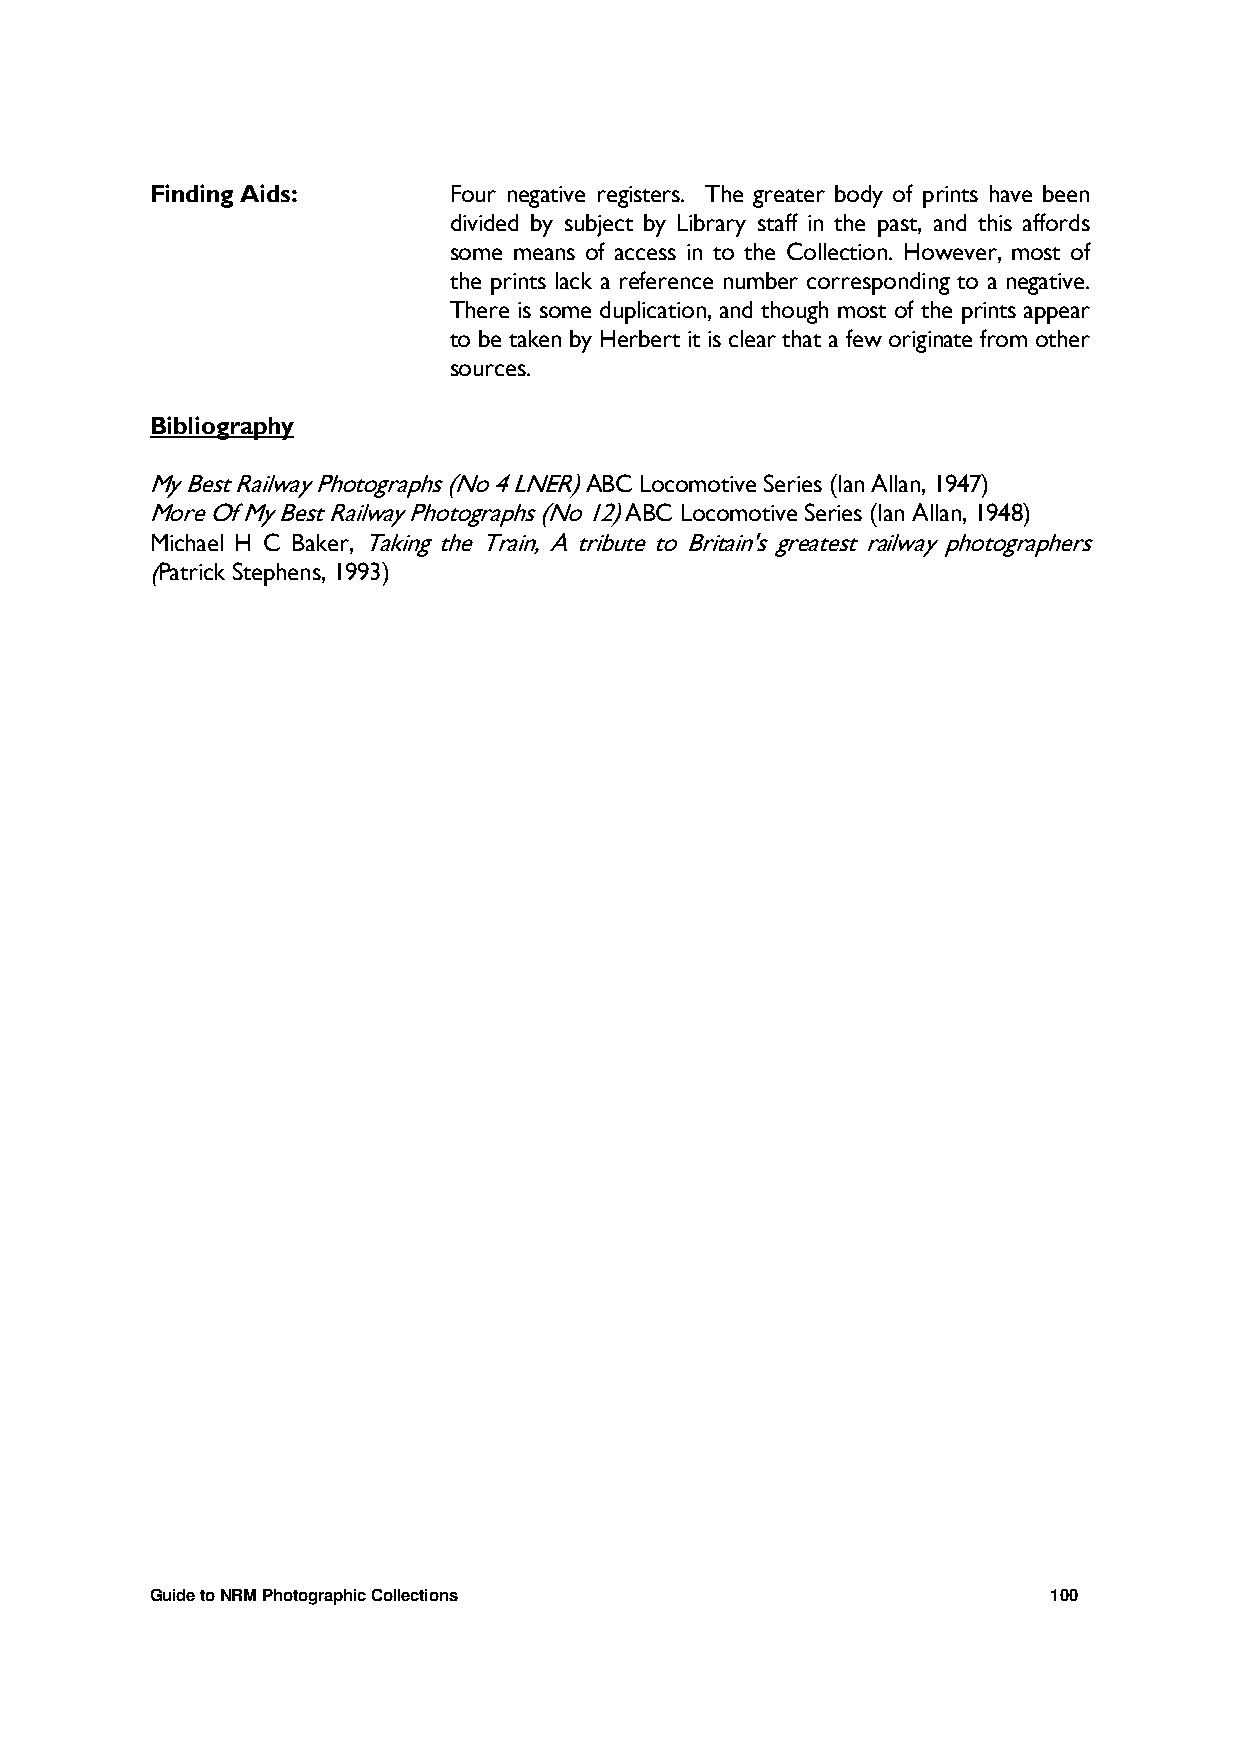
Finding Aids:       Four negative registers. The greater body of prints have been
 divided by subject by Library staff in the past, and this affords
 some means of access in to the Collection. However, most of
 the prints lack a reference number corresponding to a negative.
 There is some duplication, and though most of the prints appear
 to be taken by Herbert it is clear that a few originate from other
 sources.
 Bibliography
 My Best Railway Photographs (No 4 LNER) ABC Locomotive Series (Ian Allan, 1947)
 More Of My Best Railway Photographs (No 12) ABC Locomotive Series (Ian Allan, 1948)
 Michael H C Baker, Taking the Train, A tribute to Britain's greatest railway photographers
 (Patrick Stephens, 1993)
 Guide to NRM Photographic Collections                       100